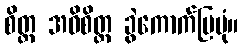
စိတ္တ အဓိစိတ္တ ခွဲကောက်ပြပုံ။